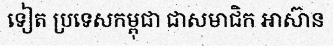
ទៀត ប្រទេសកម្ពុជា ជាសមាជិក អាស៊ាន